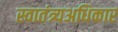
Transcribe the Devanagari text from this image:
स्वातंत्र्यअधिकार